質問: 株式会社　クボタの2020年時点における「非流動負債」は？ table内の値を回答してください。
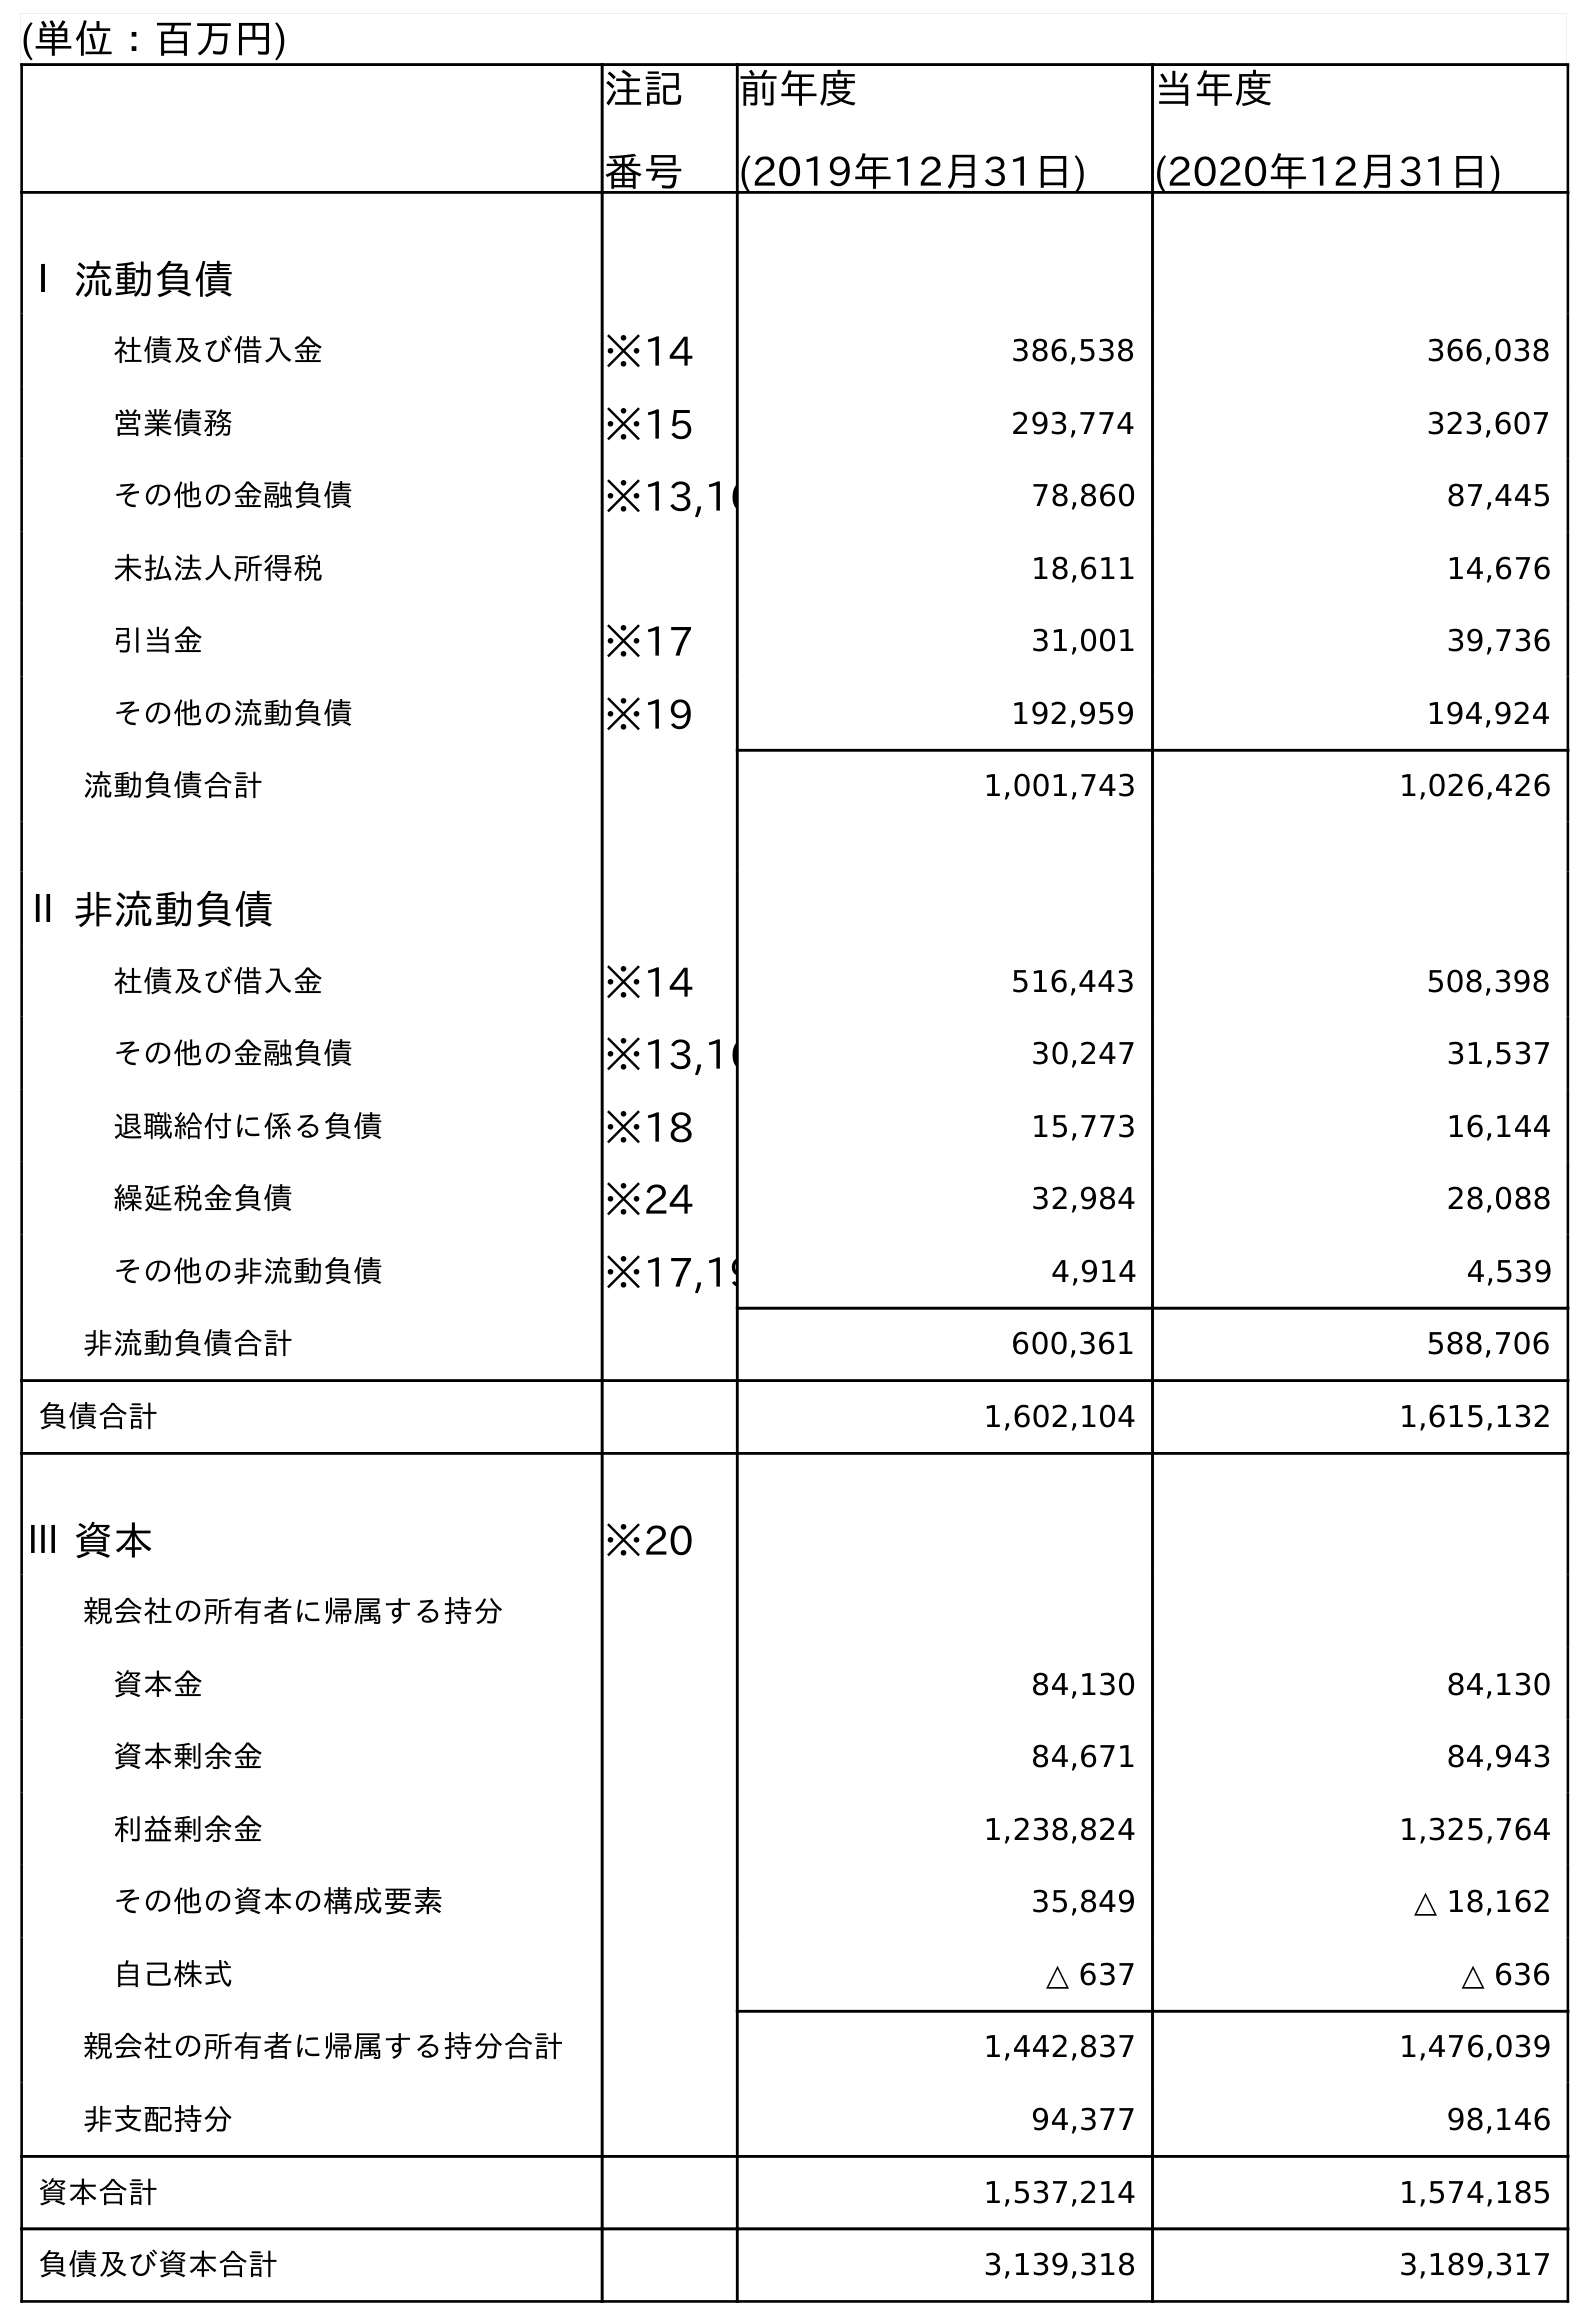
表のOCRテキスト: (単位：百万円) 注記 番号 前年度 (2019年12月31日) 当年度 (2020年12月31日) Ⅰ 流動負債 社債及び借入金 ※14 386,538 366,038 営業債務 ※15 293,774 323,607 その他の金融負債 ※13,16 78,860 87,445 未払法人所得税 18,611 14,676 引当金 ※17 31,001 39,736 その他の流動負債 ※19 192,959 194,924 流動負債合計 1,001,743 1,026,426 Ⅱ 非流動負債 社債及び借入金 ※14 516,443 508,398 その他の金融負債 ※13,16 30,247 31,537 退職給付に係る負債 ※18 15,773 16,144 繰延税金負債 ※24 32,984 28,088 その他の非流動負債 ※17,19 4,914 4,539 非流動負債合計 600,361 588,706 負債合計 1,602,104 1,615,132 Ⅲ 資本 ※20 親会社の所有者に帰属する持分 資本金 84,130 84,130 資本剰余金 84,671 84,943 利益剰余金 1,238,824 1,325,764 その他の資本の構成要素 35,849 △ 18,162 自己株式 △ 637 △ 636 親会社の所有者に帰属する持分合計 1,442,837 1,476,039 非支配持分 94,377 98,146 資本合計 1,537,214 1,574,185 負債及び資本合計 3,139,318 3,189,317
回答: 588,706